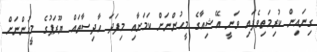
ގިނައިން ކުރިމަތިވެފައި ވަނީ އޭޝިއާގެ މީހުންނަށް ކަމަށާއި މިފަދަ ހާދިސާތައް ޔޫރަޕުގެ މީހުންނަށް